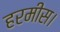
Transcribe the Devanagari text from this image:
हरमीस।